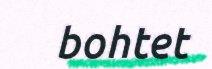
bohtet